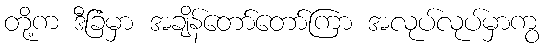
တို့က ဒီခြံမှာ အချိန်တော်တော်ကြာ အလုပ်လုပ်မှာကွ